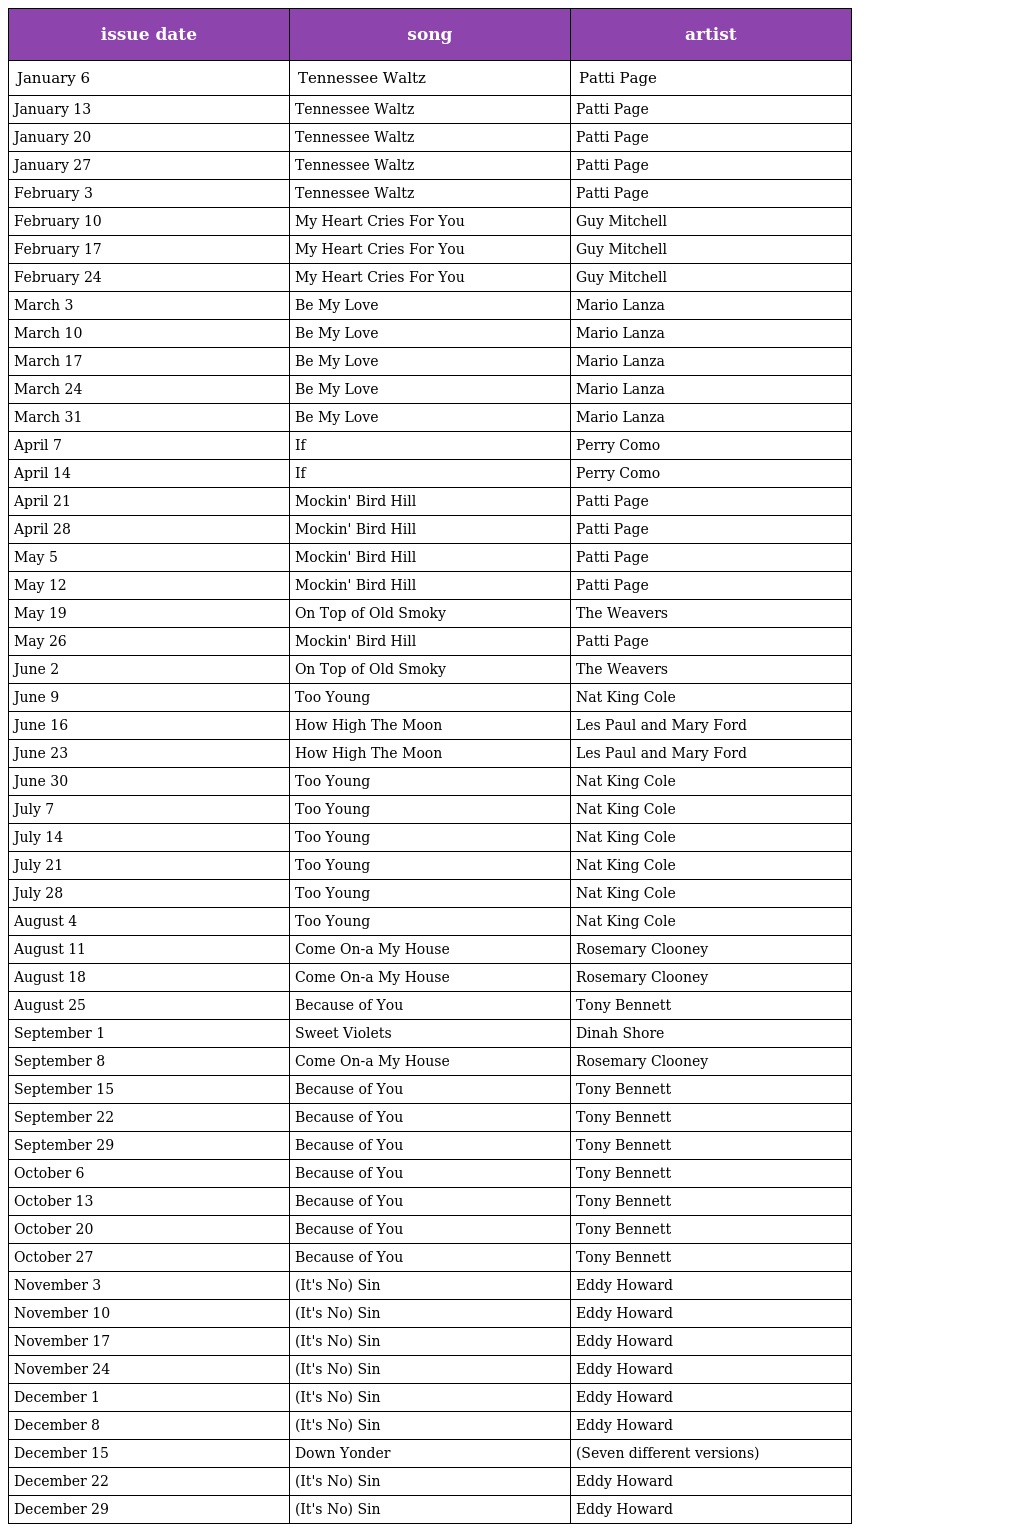
| issue date | song | artist |
 | --- | --- | --- |
 | January 6 | Tennessee Waltz | Patti Page |
 | January 13 | Tennessee Waltz | Patti Page |
 | January 20 | Tennessee Waltz | Patti Page |
 | January 27 | Tennessee Waltz | Patti Page |
 | February 3 | Tennessee Waltz | Patti Page |
 | February 10 | My Heart Cries For You | Guy Mitchell |
 | February 17 | My Heart Cries For You | Guy Mitchell |
 | February 24 | My Heart Cries For You | Guy Mitchell |
 | March 3 | Be My Love | Mario Lanza |
 | March 10 | Be My Love | Mario Lanza |
 | March 17 | Be My Love | Mario Lanza |
 | March 24 | Be My Love | Mario Lanza |
 | March 31 | Be My Love | Mario Lanza |
 | April 7 | If | Perry Como |
 | April 14 | If | Perry Como |
 | April 21 | Mockin' Bird Hill | Patti Page |
 | April 28 | Mockin' Bird Hill | Patti Page |
 | May 5 | Mockin' Bird Hill | Patti Page |
 | May 12 | Mockin' Bird Hill | Patti Page |
 | May 19 | On Top of Old Smoky | The Weavers |
 | May 26 | Mockin' Bird Hill | Patti Page |
 | June 2 | On Top of Old Smoky | The Weavers |
 | June 9 | Too Young | Nat King Cole |
 | June 16 | How High The Moon | Les Paul and Mary Ford |
 | June 23 | How High The Moon | Les Paul and Mary Ford |
 | June 30 | Too Young | Nat King Cole |
 | July 7 | Too Young | Nat King Cole |
 | July 14 | Too Young | Nat King Cole |
 | July 21 | Too Young | Nat King Cole |
 | July 28 | Too Young | Nat King Cole |
 | August 4 | Too Young | Nat King Cole |
 | August 11 | Come On-a My House | Rosemary Clooney |
 | August 18 | Come On-a My House | Rosemary Clooney |
 | August 25 | Because of You | Tony Bennett |
 | September 1 | Sweet Violets | Dinah Shore |
 | September 8 | Come On-a My House | Rosemary Clooney |
 | September 15 | Because of You | Tony Bennett |
 | September 22 | Because of You | Tony Bennett |
 | September 29 | Because of You | Tony Bennett |
 | October 6 | Because of You | Tony Bennett |
 | October 13 | Because of You | Tony Bennett |
 | October 20 | Because of You | Tony Bennett |
 | October 27 | Because of You | Tony Bennett |
 | November 3 | (It's No) Sin | Eddy Howard |
 | November 10 | (It's No) Sin | Eddy Howard |
 | November 17 | (It's No) Sin | Eddy Howard |
 | November 24 | (It's No) Sin | Eddy Howard |
 | December 1 | (It's No) Sin | Eddy Howard |
 | December 8 | (It's No) Sin | Eddy Howard |
 | December 15 | Down Yonder | (Seven different versions) |
 | December 22 | (It's No) Sin | Eddy Howard |
 | December 29 | (It's No) Sin | Eddy Howard |